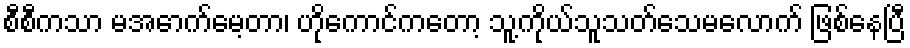
စီစီကသာ မအောက်မေ့တာ၊ ဟိုကောင်ကတော့ သူ့ကိုယ်သူသတ်သေမလောက် ဖြစ်နေပြီ